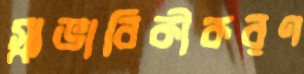
স্বাভাবিকীকরণ